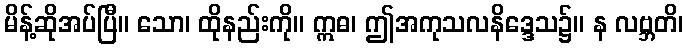
မိန့်ဆိုအပ်ပြီ။ သော၊ ထိုနည်းကို။ ဣဓ၊ ဤအကုသလနိဒ္ဒေသ၌။ န လဗ္ဘတိ၊